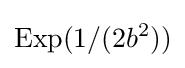
{\textrm {Exp}}(1/(2b^{2}))